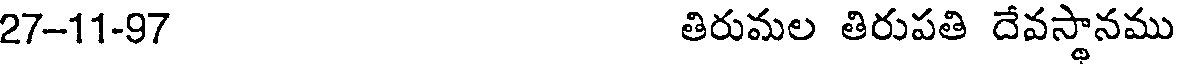
27-11-97 తిరుమల తిరుపతి దేవస్థానము